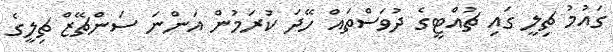
ގައުމު ޗިލީ ގައި ޗުއްޓީގެ ދުވަސްތައް ހޭދަ ކުރަމުން އަންނަ ސަންޗޭޒް ޗިލީގެ